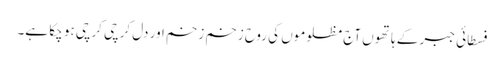
فسطائی جبر کے ہاتھوں آج مظلوموں کی روح زخم زخم اور دل کرچی کرچی ہو چکا ہے۔